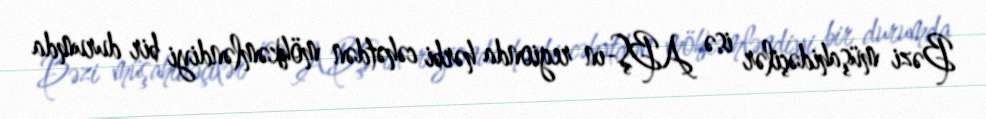
Bəzi müşahidəçilər isə ABŞ-ın regionda hərbi cəhətdən möhkəmləndiyi bir durumda